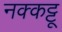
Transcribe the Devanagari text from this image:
नक्कट्टू